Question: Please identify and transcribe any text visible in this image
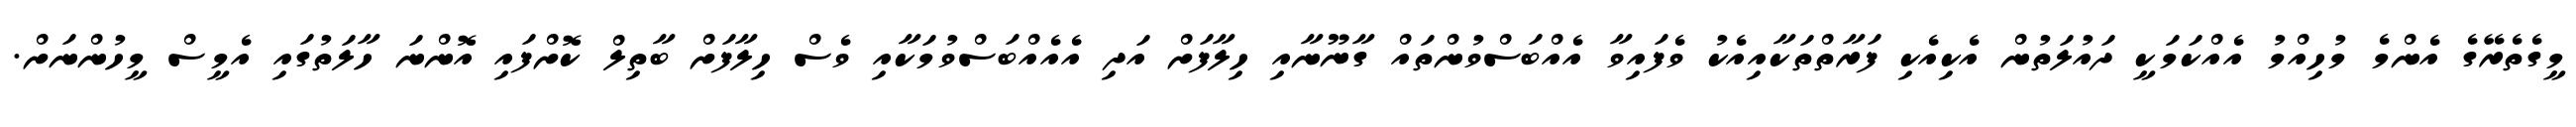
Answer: މީގެތެރޭގެ އެންމެ މުހިއްމު އެއްކަމަކީ ދައުލަތުން އެކިއެކި ފަރާތްތަކާއިއެކު ވެފައިވާ އެއްބަސްވުންތައް ގާނޫނާއި ހިލާފަށް އަދި އެއެއްބަސްވުމަކާއި ވެސް ހިލާފަށް ބާތިލް ކޮށްފައި އޮންނަ ހާލަތުގައި އެމީސް މީހުންނަށް.